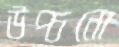
উপ্‌চনো